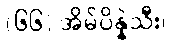
(၆၆) အိမ်ပိန္နဲသီး၊